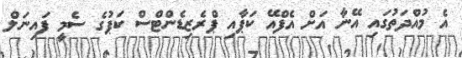
އެ މުއްދަތުގައި އޭނާ އަށް އެފްއޭ ކަޕާއި ޕްރެޒިޑެންޓްސް ކަޕުގެ ސެމީ ފައިނަލް